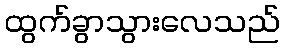
ထွက်ခွာသွားလေသည်